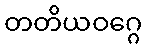
တတိယဝဂ္ဂေ